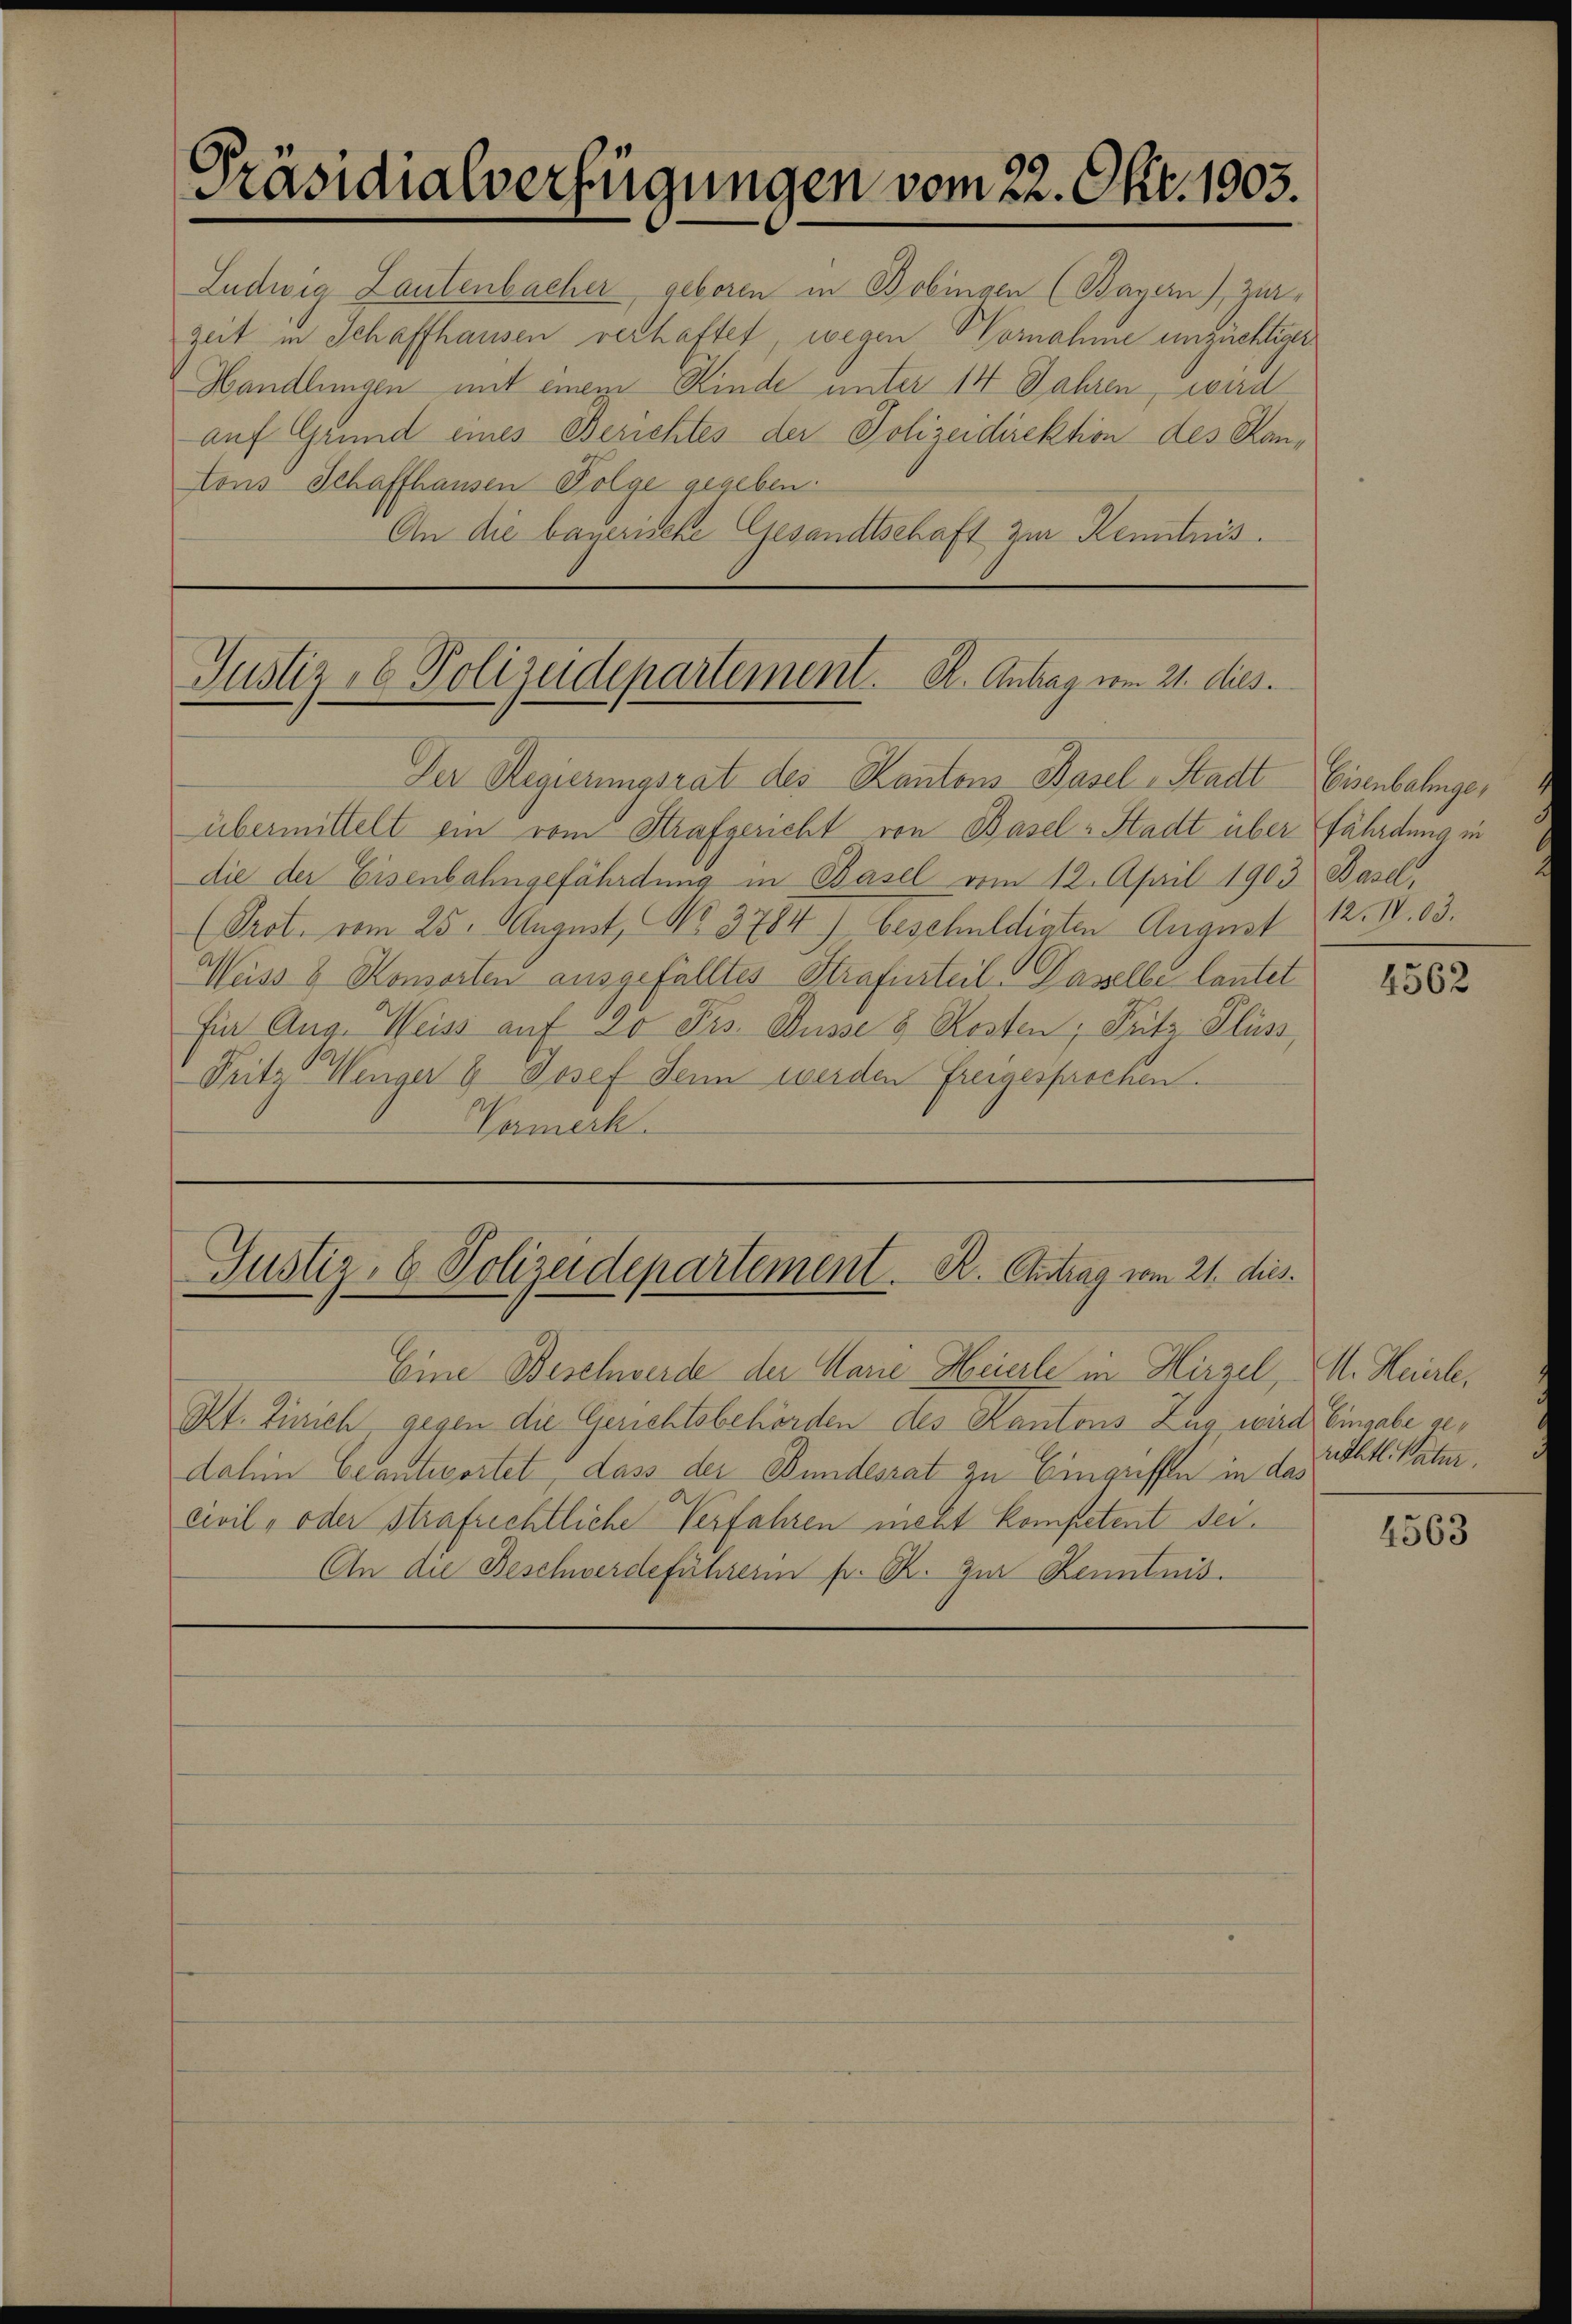
Ludwig Lautenbacher geboren in Bobingen (Bayern), Zürzeit in Schaffhausen verhaftet, wegen Vornahme unzüchtiger
Handlungen mit einem Kinde unter 14 Jahren, wird
auf Grund eines Berichtes der Polizeidirektion des Rautons Schaffhausen Folge gegeben.
An die bayerische Gesandtschaft zur Kenntnis.

Präsidialverfügungen vom 22. Okt. 1903.

Justiz- & Polizeidepartement. A. Antrag vom 21. dies

Der Regierungsrat des Kantons Basel-Stadt Eisenbahngeübermittelt ein vom Strafgericht von Basel-Stadt über fährdung in
die der Eisenbahngefährdung in Basel vom 12. April 1903 Basel,
(Prot. vom 25. August, No. 3784) beschuldigten August
Weiss & Konsorten ausgefälltes Strafurteil-Passelbe lautet
für Aug. Weiss auf 20 Frs. Wüsse 8 Kosten; Fritz- Flüss
Pritz Wenger & Josef denn werden Freigesprochen.
Vermerk.

Eine Beschwerde der Marie Heierle in Hirzel, M. Heierle,
Kt. Zürich gegen die Gerichtsbehörden des Kantons Zug wird Eingabe gedahin beantwortet, dass der Bundesrat zu Eingriffen in das
civil, oder strafrechtliche Verfahren nicht kompetent sei.
An die Beschwerdeführerin pr. R. zur Kenntnis.

Justiz- & Polizeidepartement. R. Antrag vom 21. dies

12. N. 03.

4562

rechtl. Natur.

4563